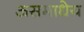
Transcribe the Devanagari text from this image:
असमाधेय